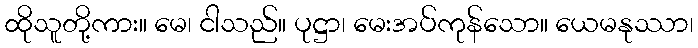
ထိုသူတို့ကား။ မေ၊ ငါသည်။ ပုဋ္ဌာ၊ မေးအပ်ကုန်သော။ ယေမနုဿာ၊